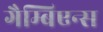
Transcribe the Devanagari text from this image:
गैम्बिएन्स